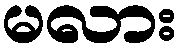
မလား